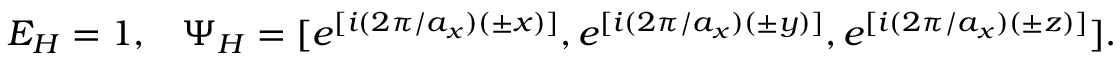
E _ { H } = 1 \mathrm { , ~ \ \ } \Psi _ { H } = [ e ^ { [ i ( 2 \pi / a _ { x } ) ( \pm x ) ] } , e ^ { [ i ( 2 \pi / a _ { x } ) ( \pm y ) ] } , e ^ { [ i ( 2 \pi / a _ { x } ) ( \pm z ) ] } ] \mathrm { . }